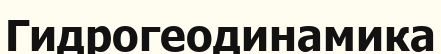
Гидрогеодинамика